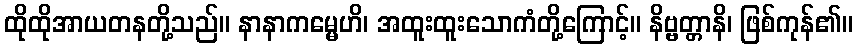
ထိုထိုအာယတနတို့သည်။ နာနာကမ္မေဟိ၊ အထူးထူးသောကံတို့ကြောင့်။ နိဗ္ဗတ္တာနိ၊ ဖြစ်ကုန်၏။